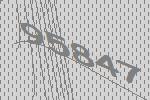
95847